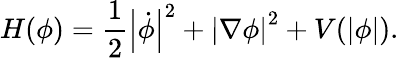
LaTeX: H(\phi)={\frac{1}{2}}\left|{\dot{\phi}}\right|^{2}+\left|\nabla\phi\right|^{2}+V(\left|\phi\right|).